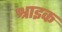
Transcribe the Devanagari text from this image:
श्राइक